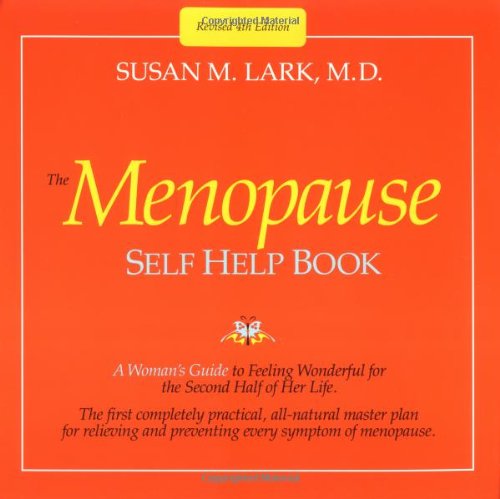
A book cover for The Menopause Self Help Book; Susan M. Lark; Health, Fitness & Dieting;